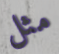
مثل